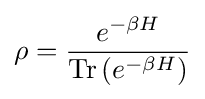
\rho ={\frac {e^{-\beta H}}{\operatorname {Tr} \left(e^{-\beta H}\right)}}